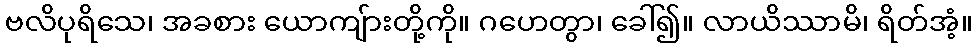
ဗလိပုရိသေ၊ အခစား ယောကျ်ားတို့ကို။ ဂဟေတွာ၊ ခေါ်၍။ လာယိဿာမိ၊ ရိတ်အံ့။